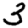
Digit: 3